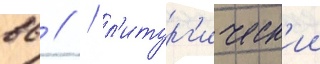
вв // / л'итург'ическ'ии